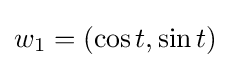
w_{1}=(\cos t,\sin t)